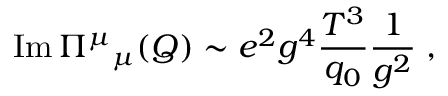
\mathrm { I m } \, \Pi { } ^ { \mu } { } _ { \mu } ( Q ) \sim e ^ { 2 } g ^ { 4 } { \frac { T ^ { 3 } } { q _ { 0 } } } { \frac { 1 } { g ^ { 2 } } } \; ,